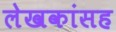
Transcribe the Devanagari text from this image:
लेखकांसह